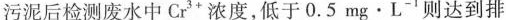
出污泥后检测废水中Cr^{3+}浓度，低于0.5mg \cdot L^{-1}则达到排